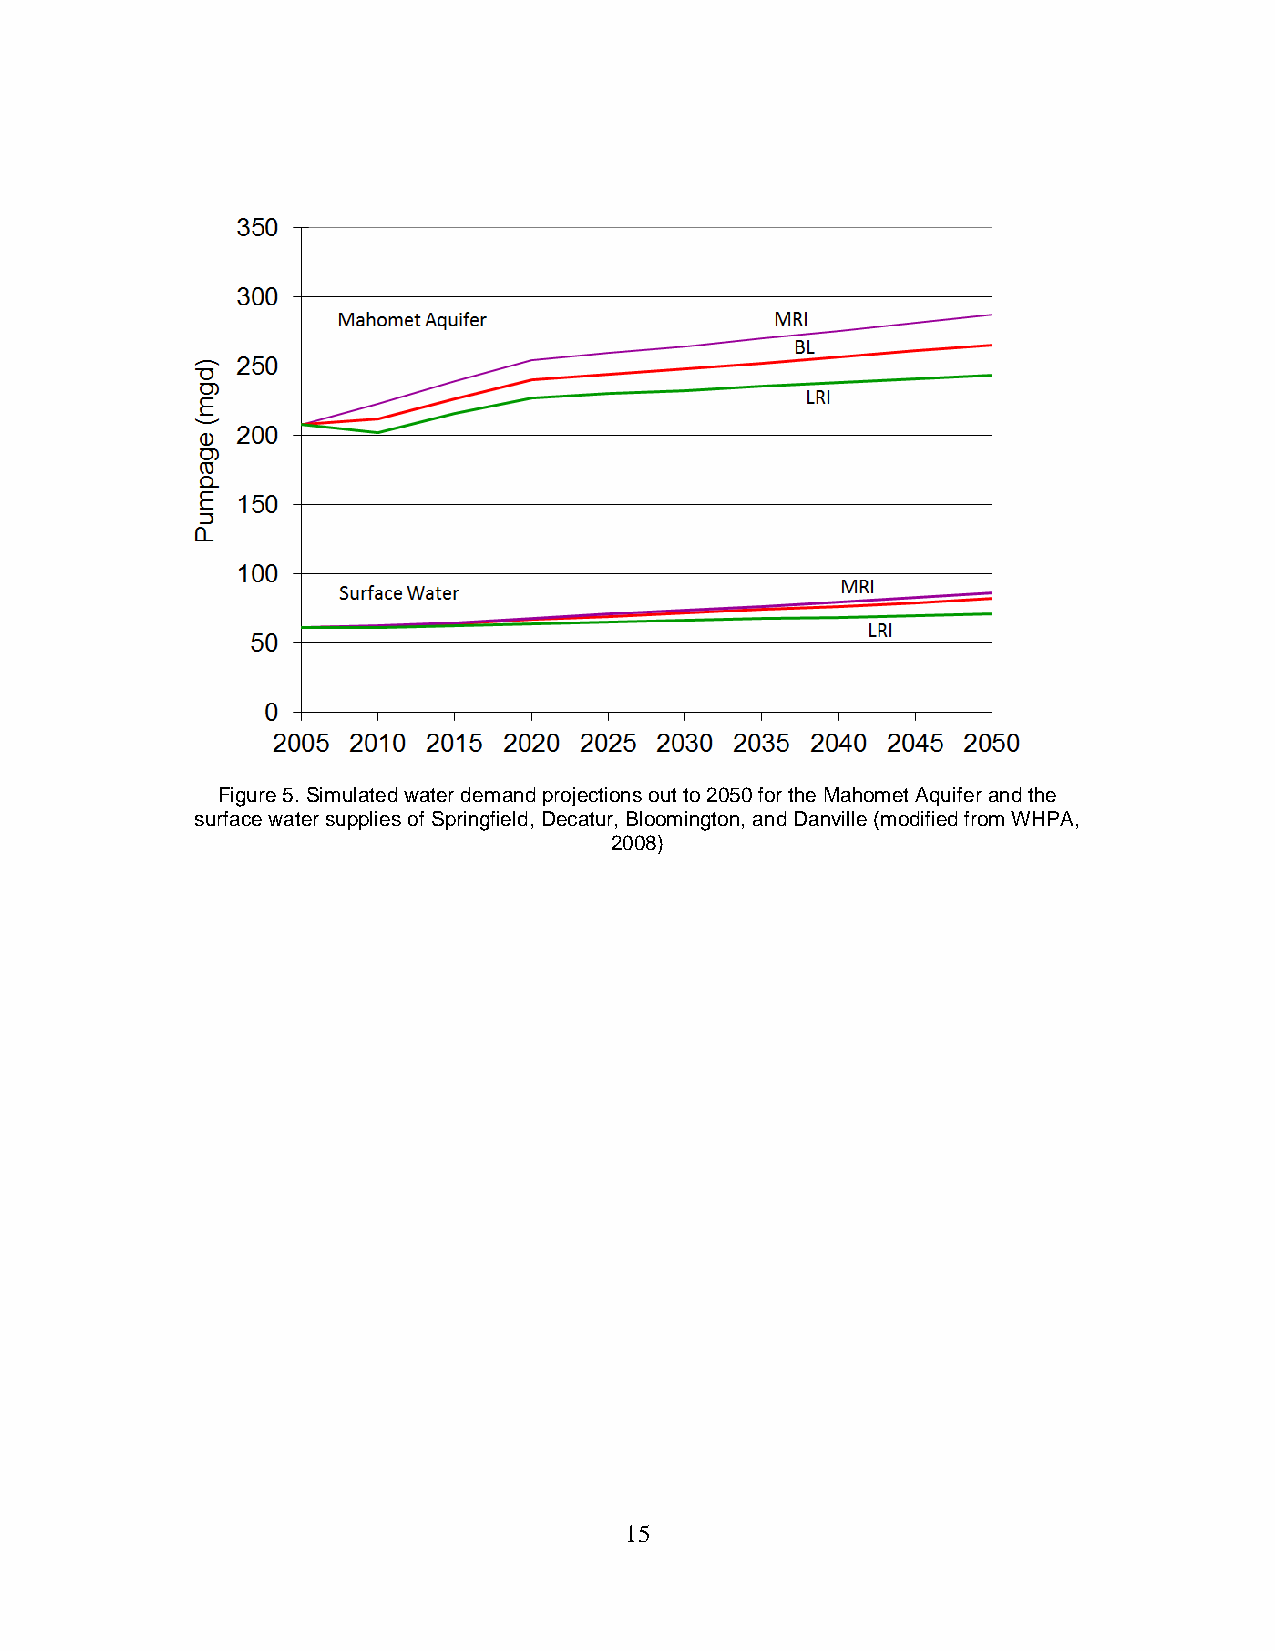
Figure 5. Simulated water demand projections out to 2050 for the Mahomet Aquifer and the
 surface water supplies of Springfield, Decatur, Bloomington, and Danville (modified from WHPA,
 2008)
 15